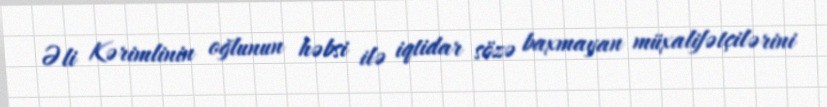
Əli Kərimlinin oğlunun həbsi ilə iqtidar sözə baxmayan müxalifətçilərini